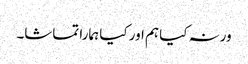
ورنہ کیا ہم اور کیا ہمارا تماشا۔